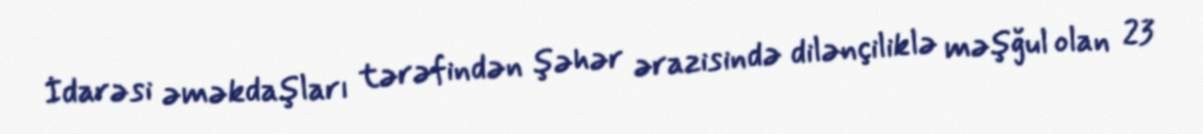
İdarəsi əməkdaşları tərəfindən şəhər ərazisində dilənçiliklə məşğul olan 23